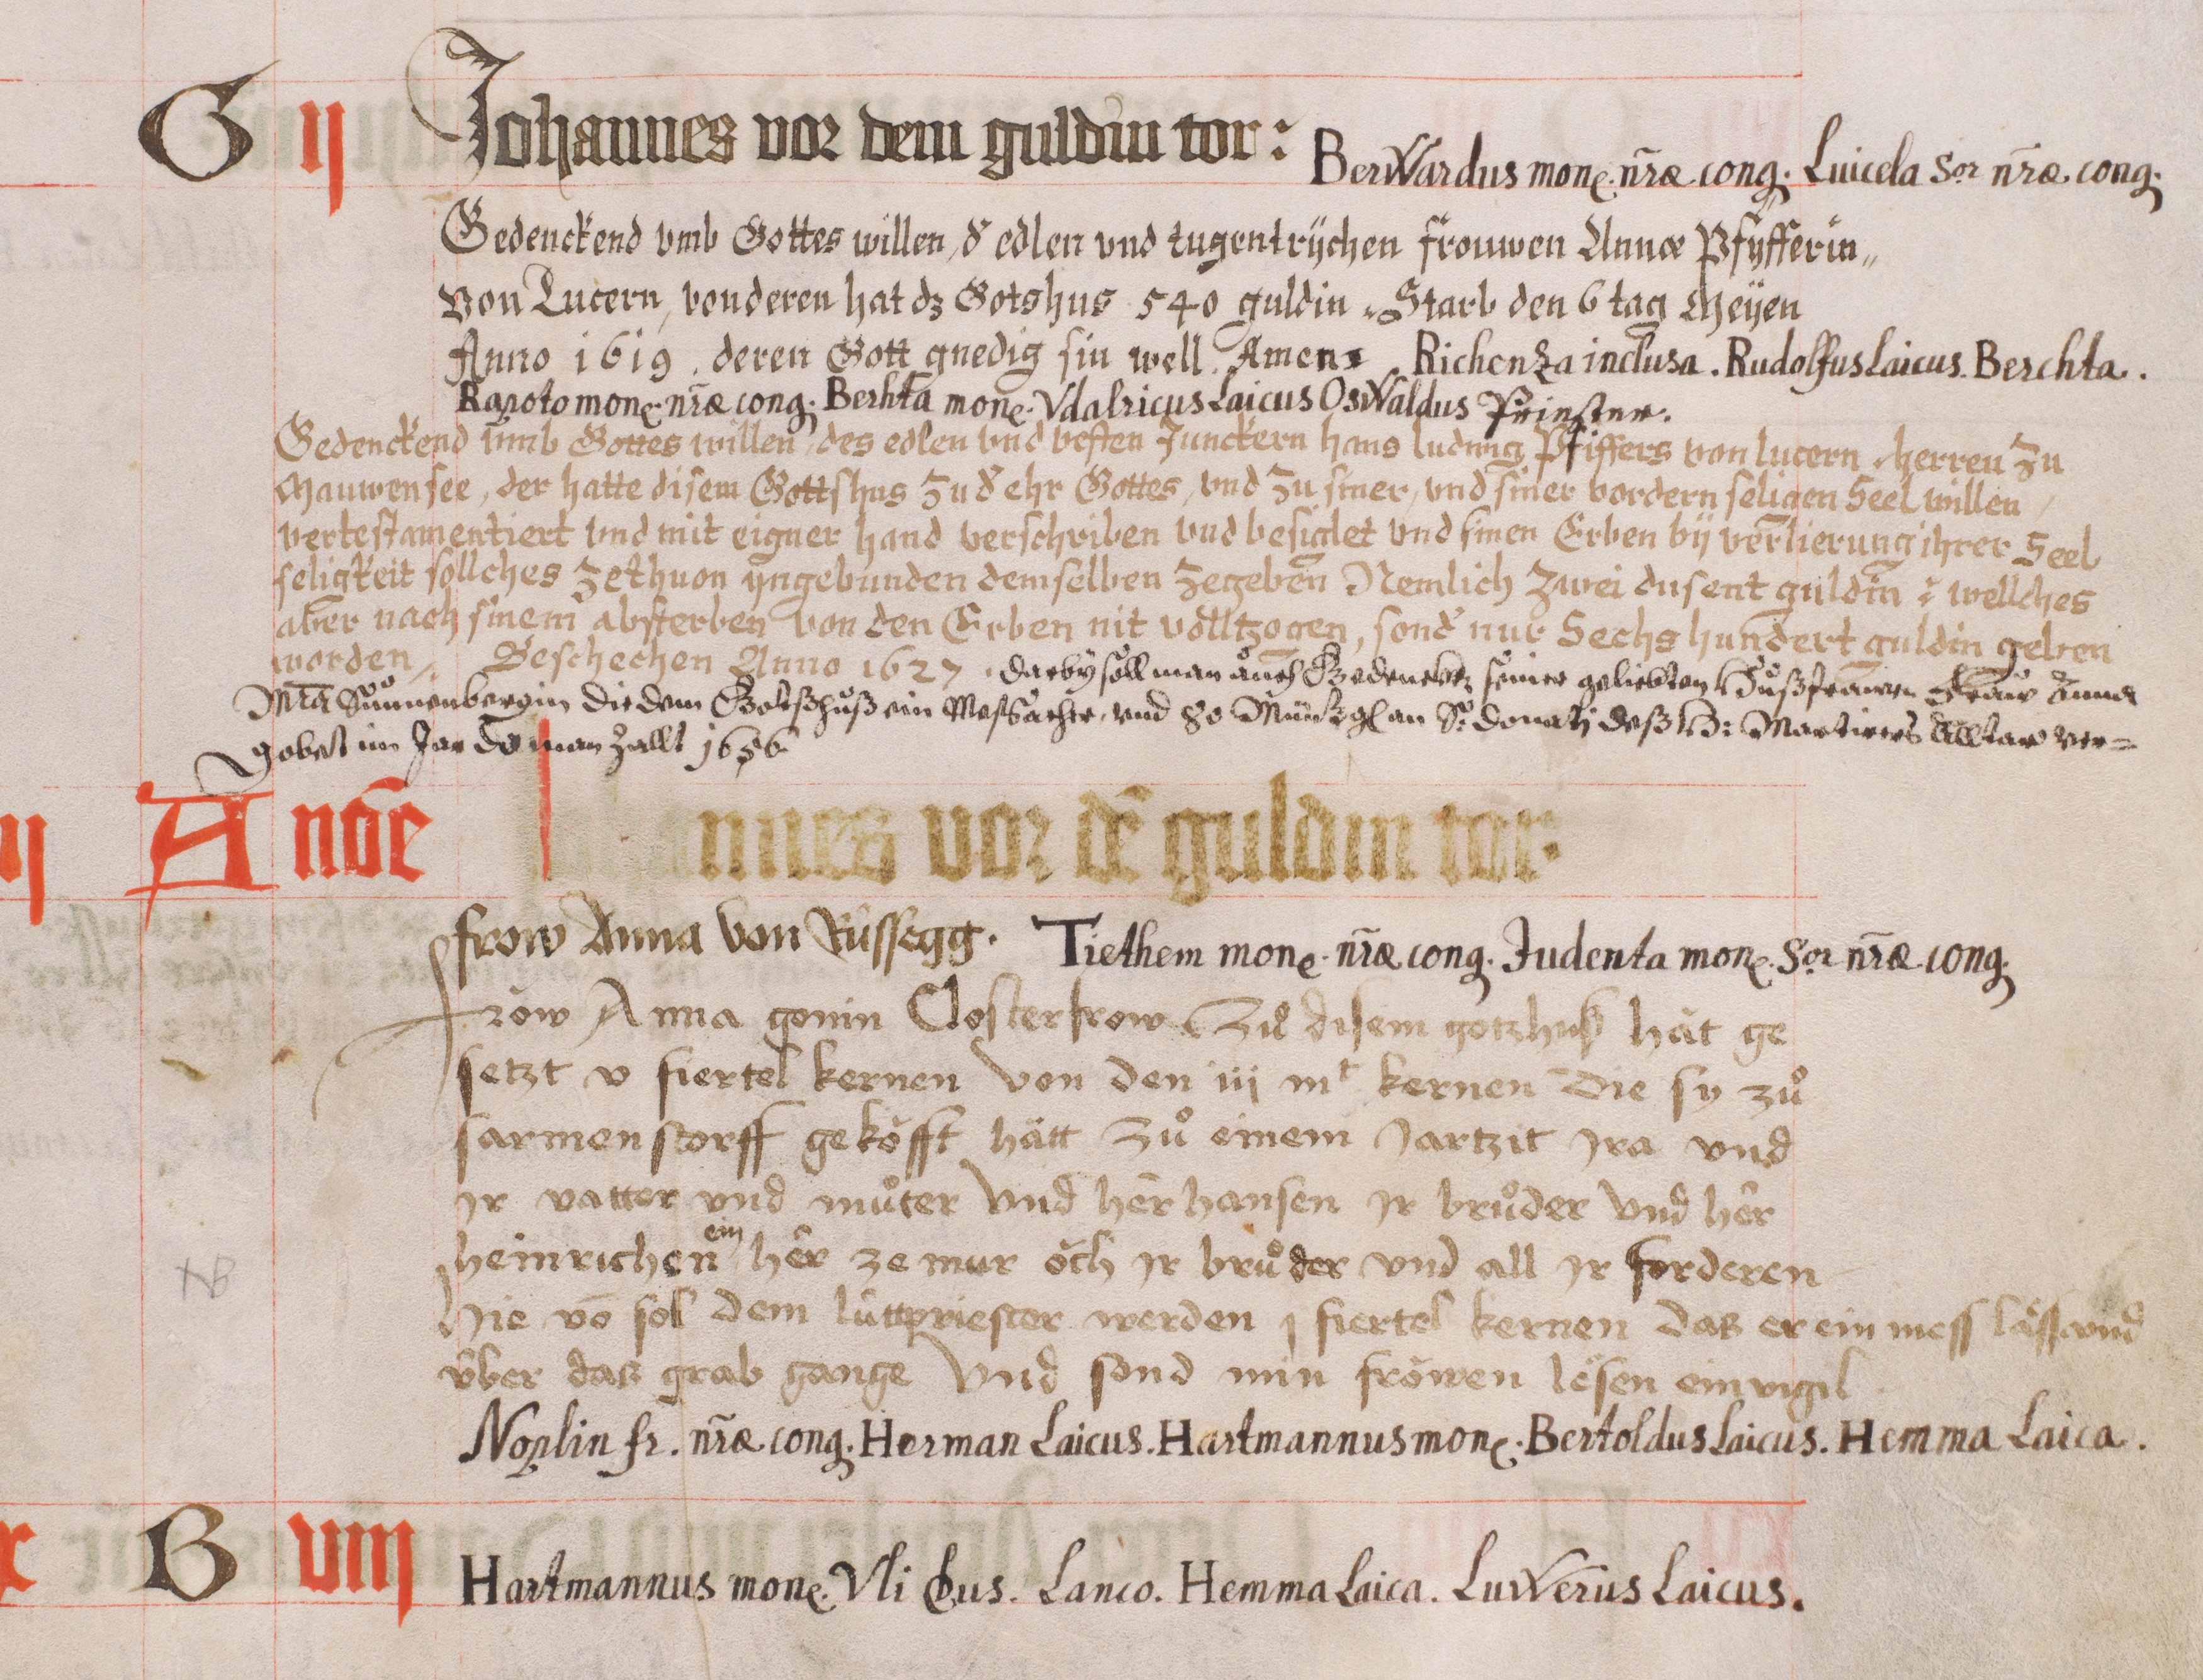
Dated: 1441–1441